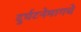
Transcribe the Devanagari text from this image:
दुर्घटनेमागचे